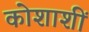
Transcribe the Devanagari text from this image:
कोशाशीं